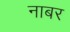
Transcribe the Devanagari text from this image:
नाबर